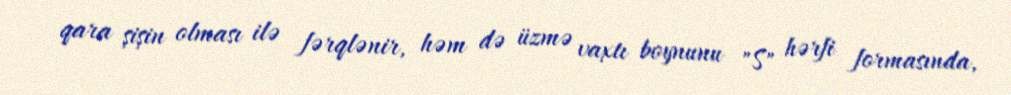
qara şişin olması ilə fərqlənir, həm də üzmə vaxtı boynunu "S" hərfi formasında,